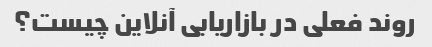
روند فعلی در بازاریابی آنلاین چیست؟